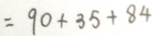
= 9 0 + 3 5 + 8 4